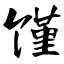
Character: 馑